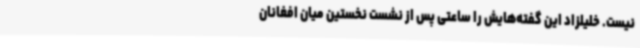
نیست. خلیلزاد این گفته‌هایش را ساعتی پس از نشست نخستین میان افغانان